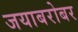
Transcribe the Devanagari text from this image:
जयाबरोबर